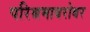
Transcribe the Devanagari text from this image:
परिश्रमाबरोबर